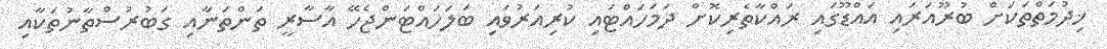
ޚިދުމަތްތަކަށް ބުރޫއަރައި އައްޑޫގައި ރައްކާތެރިކޮށް ދަމަހައްޓައި ކުރިއަރުވައި ބަލަހައްޓަންޖެހޭ އާސާރީ ތަންތަނާއި ގަބުރުސްތާނުތަކާއި